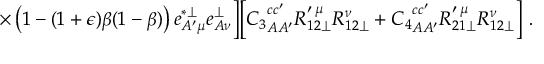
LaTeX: \times \left( 1 - ( 1 + \epsilon ) \beta ( 1 - \beta ) \right) e _ { A ^ { \prime } \mu } ^ { * \perp } e _ { A \nu } ^ { \perp } \biggr ] \biggl [ { C _ { 3 } } _ { A A ^ { \prime } } ^ { c c ^ { \prime } } R _ { 1 2 \perp } ^ { \prime \: \mu } R _ { 1 2 \perp } ^ { \nu } + { C _ { 4 } } _ { A A ^ { \prime } } ^ { c c ^ { \prime } } R _ { 2 1 \perp } ^ { \prime \: \mu } R _ { 1 2 \perp } ^ { \nu } \biggr ] ~ .